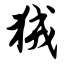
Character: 狨